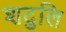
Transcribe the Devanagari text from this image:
शदुलि